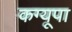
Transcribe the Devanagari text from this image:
कग्‍यूपा